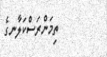
ތިމަންރަސްކަލާނގެ